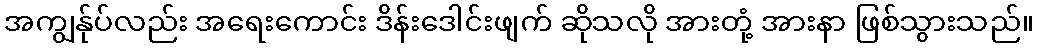
အကျွန်ုပ်လည်း အရေးကောင်း ဒိန်းဒေါင်းဖျက် ဆိုသလို အားတုံ့ အားနာ ဖြစ်သွားသည်။